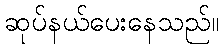
ဆုပ်နယ်ပေးနေသည်။